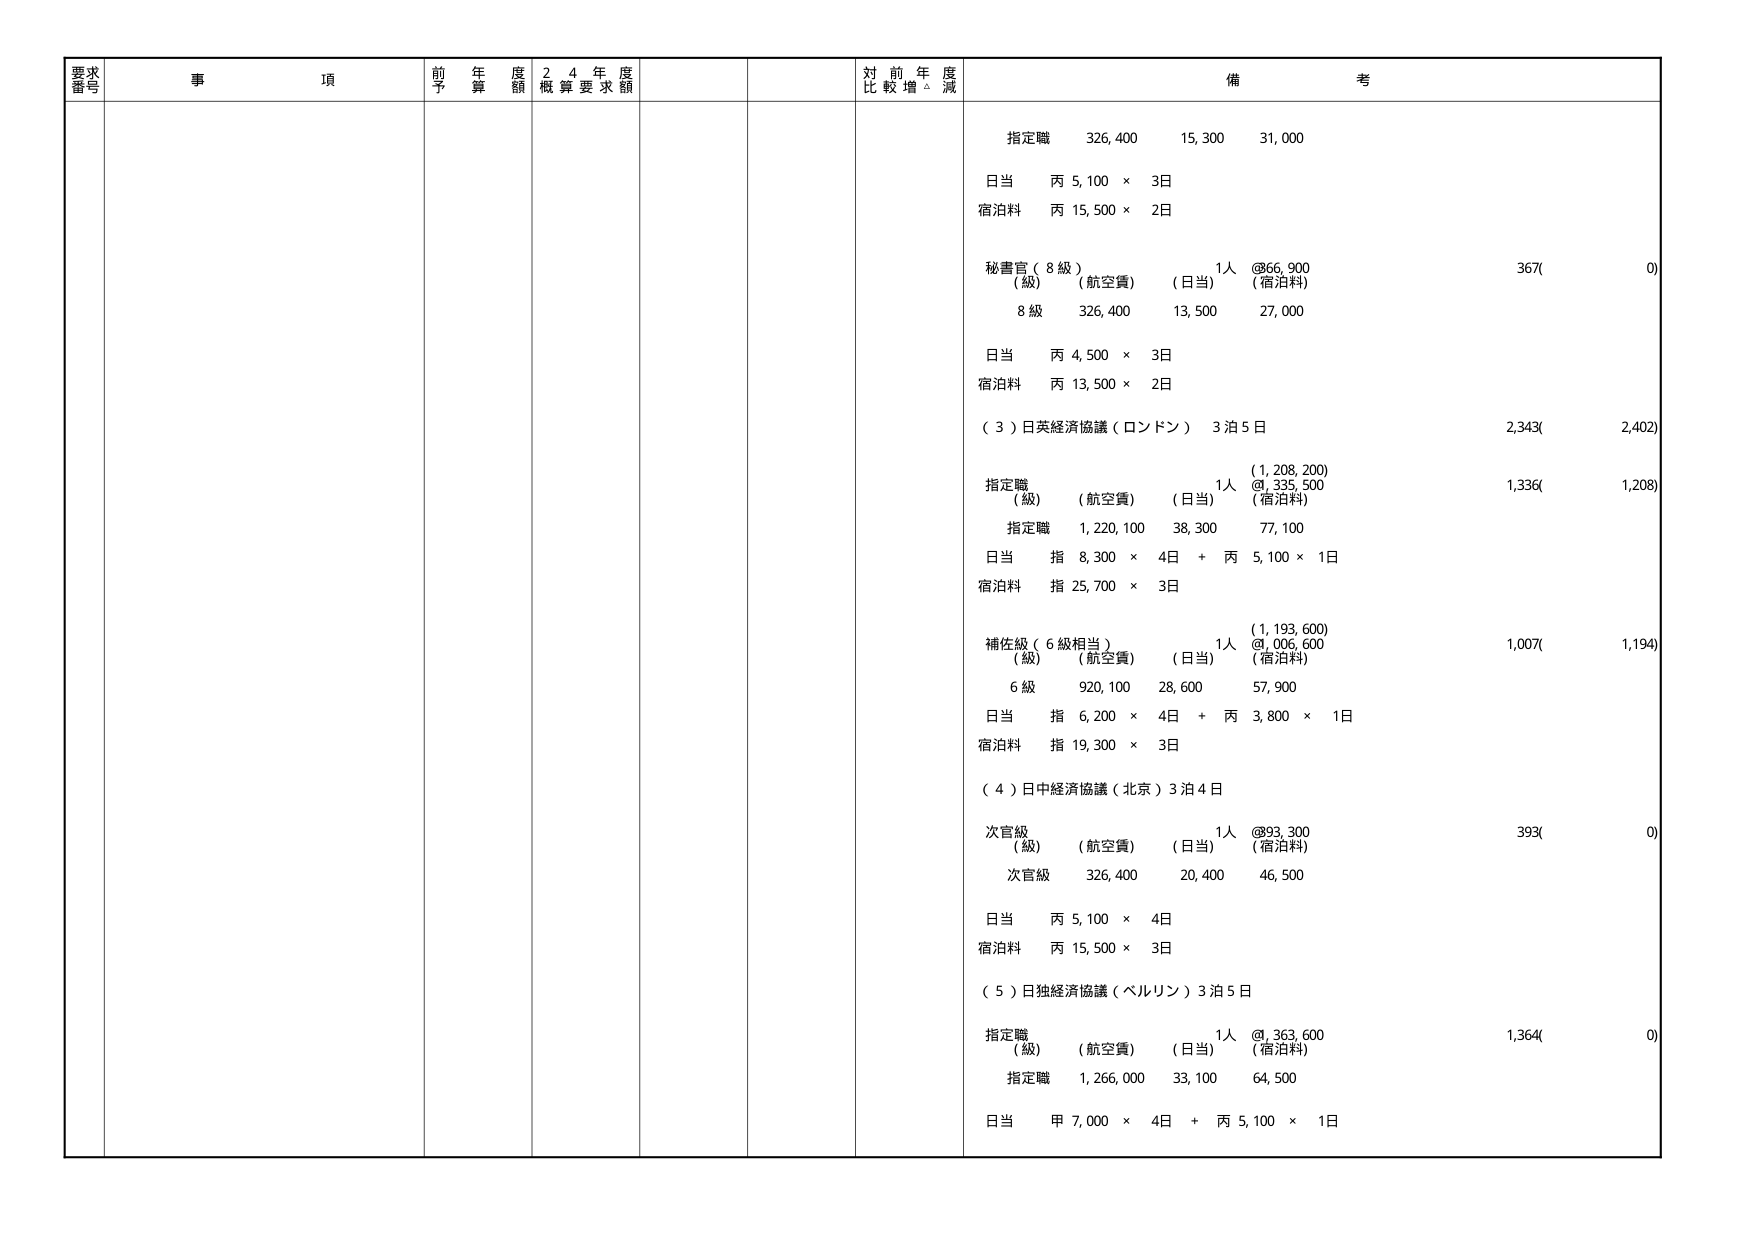
要求番号 事項 前年度予算額 24年度概算要求額 対前年度比較増減 備考
指定職 326,400 15,300 31,000
日当 丙 5,100 × 3日
宿泊料 丙 15,500 × 2日
秘書官（8級） 1人 @86,900 367( 0)
（級） （航空費） （日当） （宿泊料）
8級 326,400 13,500 27,000
日当 丙 4,500 × 3日
宿泊料 丙 13,500 × 2日
（3）日英経済協議（ロンドン） 3泊5日 2,343( 2,402)
指定職 1人 （1,208,200）
（級） （航空費） （日当） （宿泊料） 1,336( 1,208)
指定職 1,220,100 38,300 77,100
日当 指 8,300 × 4日 + 丙 5,100 × 1日
宿泊料 指 25,700 × 3日
補佐級（6級相当） 1人 （1,193,600）
（級） （航空費） （日当） （宿泊料） 1,007( 1,194)
6級 920,100 28,600 57,900
日当 指 6,200 × 4日 + 丙 3,800 × 1日
宿泊料 指 19,300 × 3日
（4）日中経済協議（北京）3泊4日
次官級 1人 @93,300 393( 0)
（級） （航空費） （日当） （宿泊料）
次官級 326,400 20,400 46,500
日当 丙 5,100 × 4日
宿泊料 丙 15,500 × 3日
（5）日独経済協議（ベルリン）3泊5日
指定職 1人 @1,363,600 1,364( 0)
（級） （航空費） （日当） （宿泊料）
指定職 1,266,000 33,100 64,500
日当 甲 7,000 × 4日 + 丙 5,100 × 1日